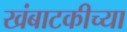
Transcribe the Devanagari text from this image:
खंबाटकीच्या